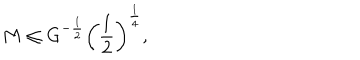
LaTeX: M \leq G ^ { - { \frac { 1 } { 2 } } } \left( { \frac { 1 } { 2 } } \right) ^ { \frac { 1 } { 4 } } ,